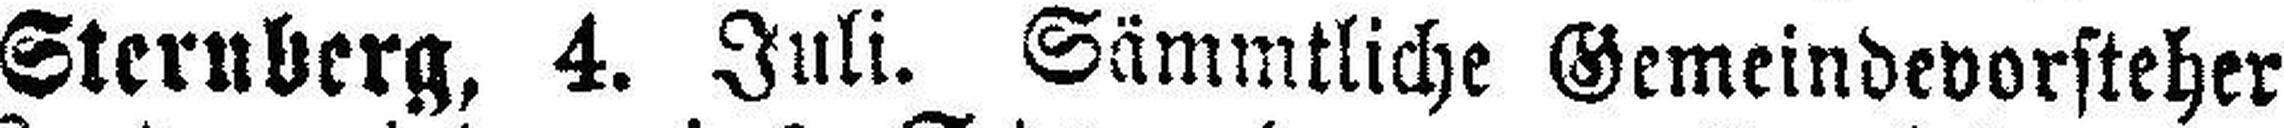
Sternberg, 4. Juli. Sämmtliche Gemeindevorsteher